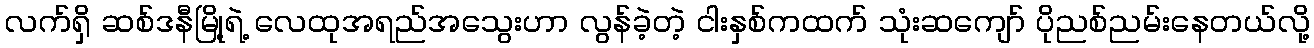
လက်ရှိ ဆစ်ဒနီမြို့ရဲ့ လေထုအရည်အသွေးဟာ လွန်ခဲ့တဲ့ ငါးနှစ်ကထက် သုံးဆကျော် ပိုညစ်ညမ်းနေတယ်လို့